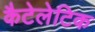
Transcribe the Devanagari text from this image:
कैटेलेटिक